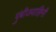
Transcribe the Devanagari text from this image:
पुंबीजवाहिनी